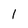
Character: 1